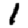
Digit: 1